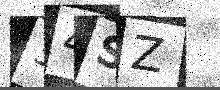
Text: 34SZ